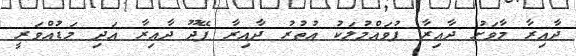
ދާއިރާ މާވަށު ދާއިރާ ފުވައްމުލަކު އުތުރު ދާއިރާ ފޭދޫ ދާއިރާ އަދި މަޑުއްވަރީ